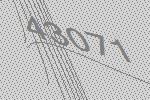
43071